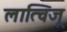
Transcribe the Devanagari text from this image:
लात्विजू